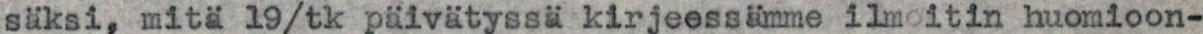
säksi, mitä 19/tk päivätyssä kirjeessämme ilmoitin huomioon-